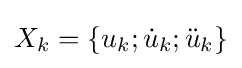
X_{k}=\{u_{k};{\dot {u}}_{k};{\ddot {u}}_{k}\}